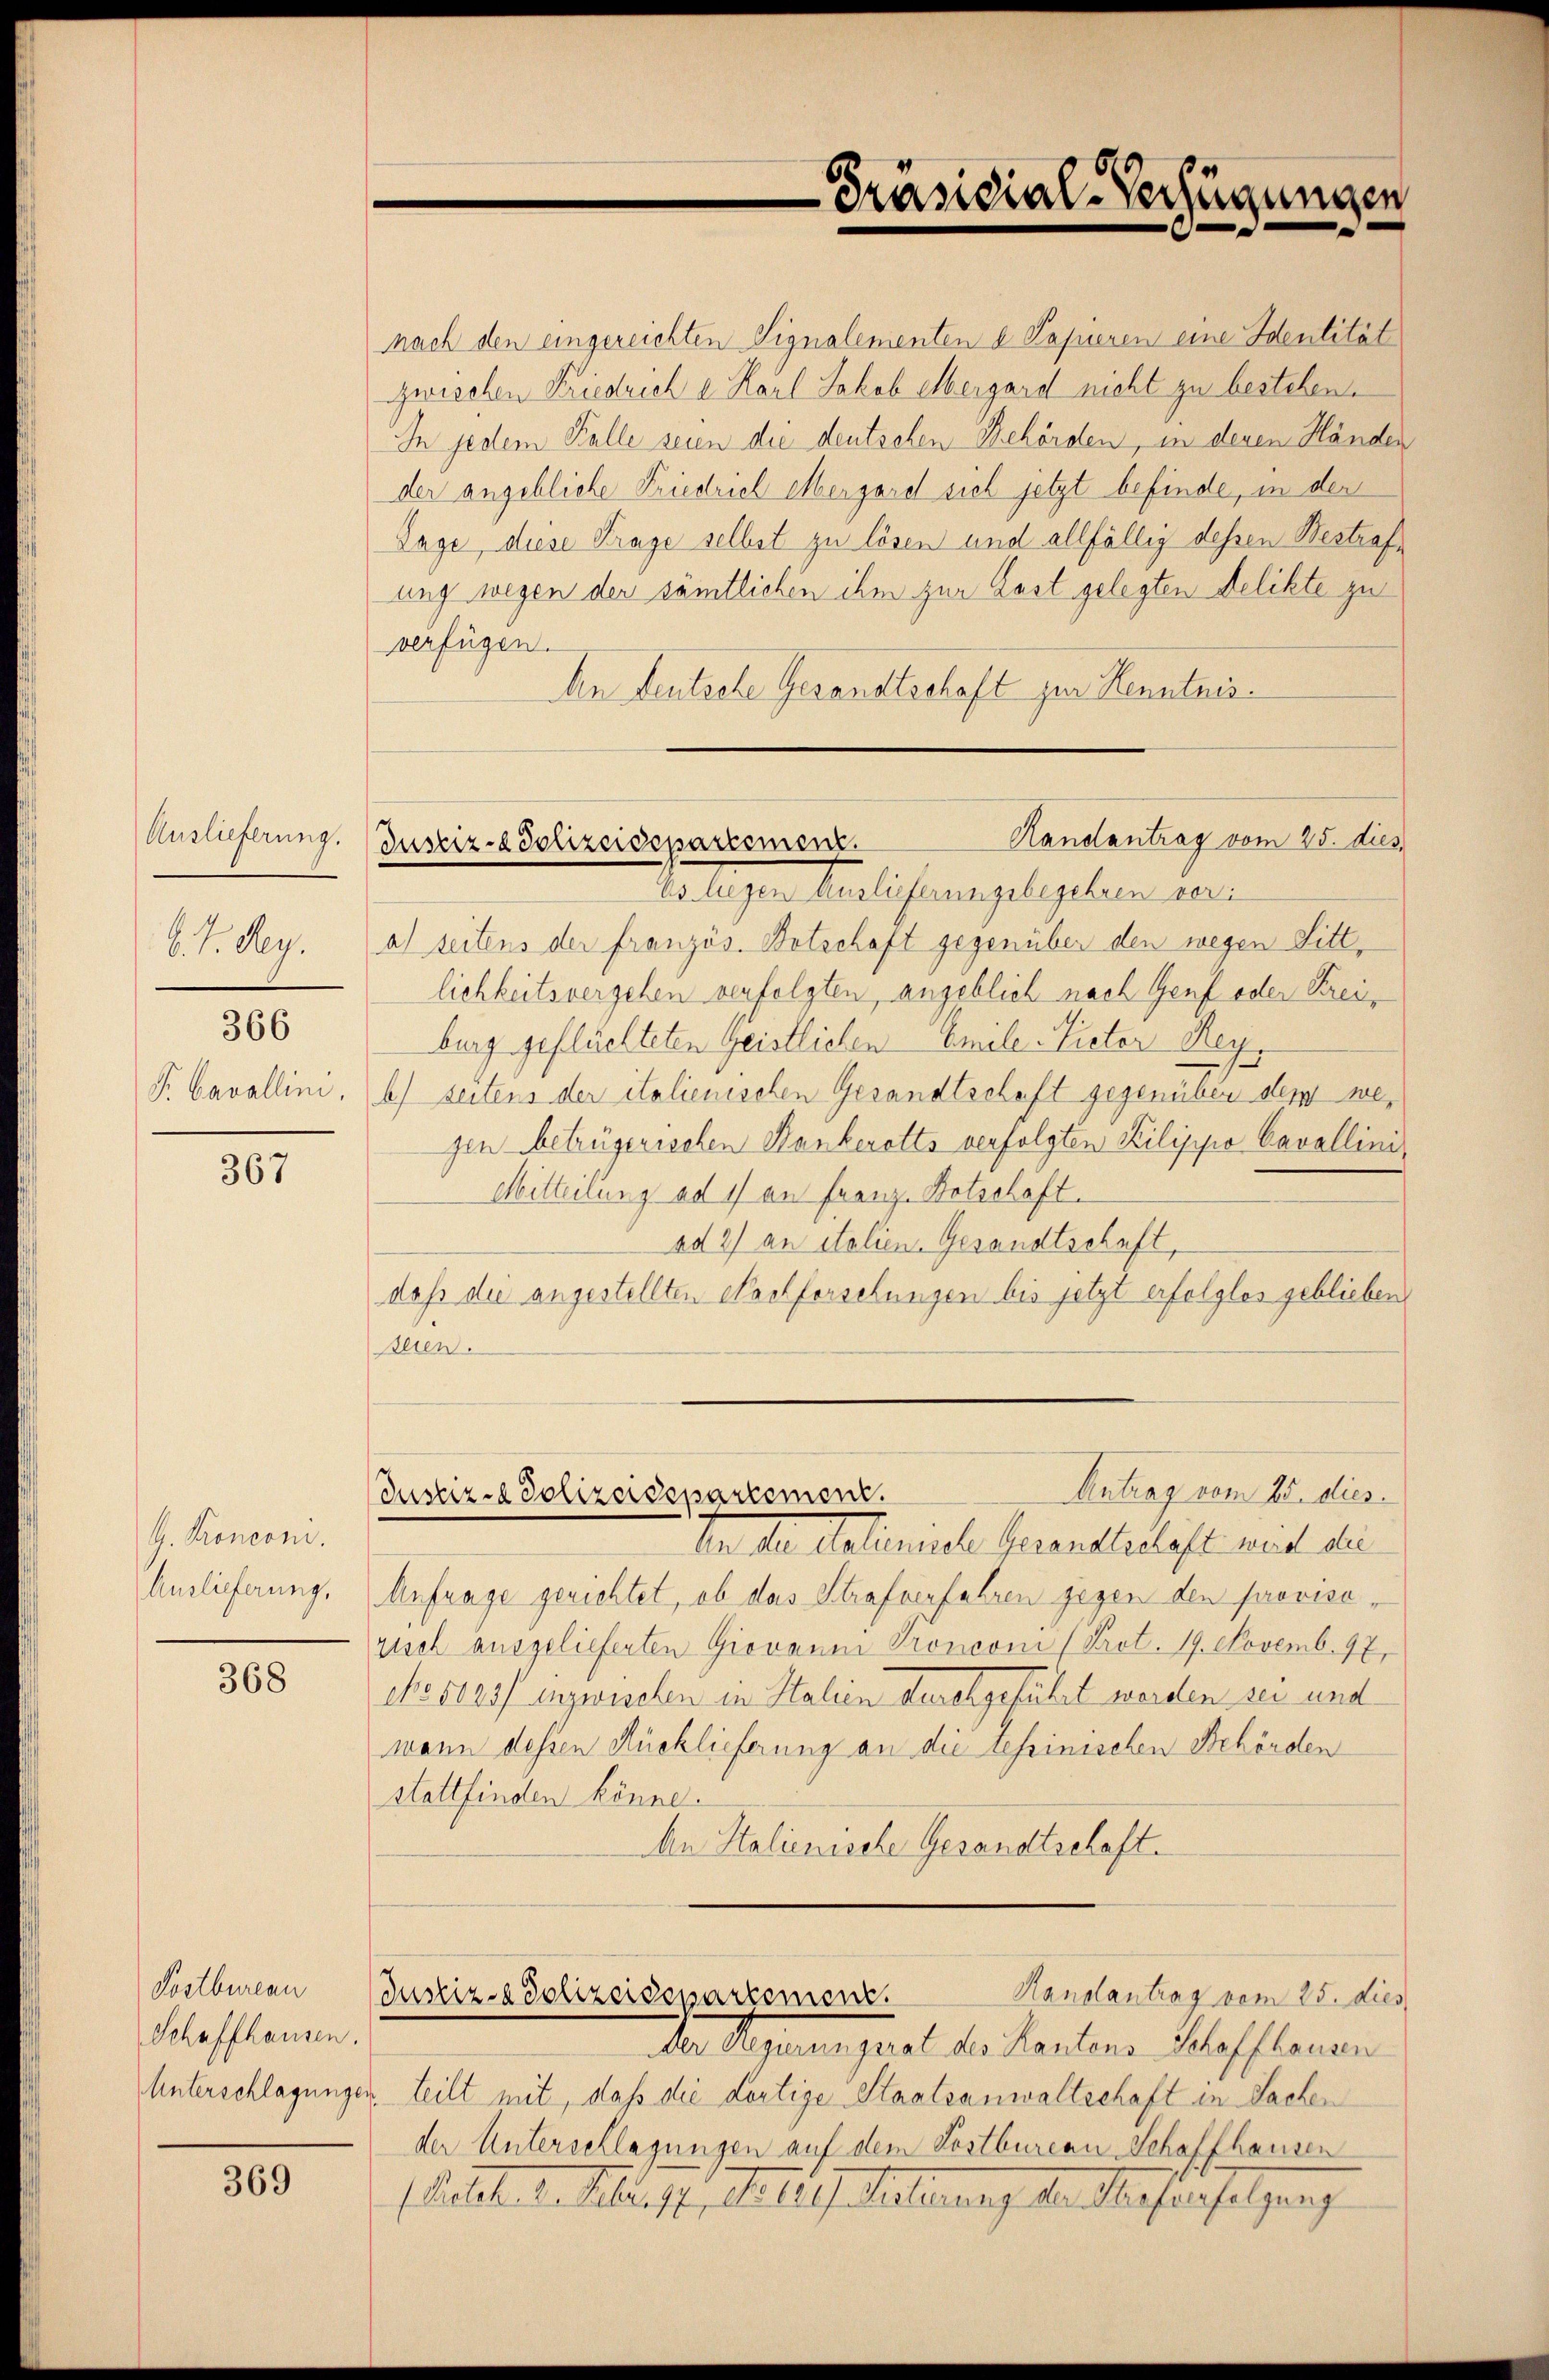
Auslieferung.
8. V. Reg.

366

S. Cavallini,

367

G. Kroncom.
Auslieferung,

368

369

Postbureau
Schaffhausen.

Handantrag vom 25. dies
Justiz- & Polizeideparisment.

nach den eingereichten Signalementen d. Papieren eine Identität
zwischen Kriedrich u. Karl Jakob Mergard nicht zu bestehen.
In jedem Falle seien die deutschen Behörden, in denen Händen
der angebliche Friedrich etbergard sich jetzt befinde, in den
Lage, diese Frage selbst zu lösen und allfällig dessen Bestrafe
ung wegen der sämtlichen ihm zur Last gelegten Delikte zu
verfügen.
An Deutsche Gesandtschaft zur Kenntnis.
Es liegen Auslieferungsbegehren vor:
a) seitens der französ. Botschaft gegenüber den wegen Sittlichkeitsvergehen verfolgten, angeblich nach Genf oder Kreiburg geflüchteten Geistlichen Emile-Vieter Ren
1
b) seitens der italienischen Gesandtschaft gegenüber dem wegen betrügerischen Bankerotts verfolgten Kilisio Cavallini¬
Mitteilung ad 1) an Franz-Botschaft.
ad 2) an italien. Gesandtschaft,
daß die angestellten Nachforschungen bis jetzt erfolgtes geblieben
seien.

Antrag vom 25. dies
Justiz- & Polizeidepartement.

Handantrag vom 25. dies
Justiz- & Polizeisepartement.

Präsidial-Verfügungen

Von der Actiennete Gesandtschäft nach die
Anfrage gerichtet, ob das Strafverfahren gegen den provisorisch ausgelieferten Giovanm Tronconi (Fret. 19. Novemb. 97,
cho 5125/ inzwischen in Stalien durchgeführt werden sei und
wann dessen Rücklieferung an die tessinischen Behörden
stattfinden könne.
An Stalienische Gesandtschaft.

Der Regierungsrat des Kantons Schaffhausen
Unterschlagungen teilt mit, daß die dortige Staatsanwaltschaft in Sachen
der Unterschlagungen auf dem Postbureau Schaffhausen
Rates d. Alleist, als 12 J. Suterung der Verferfolgung